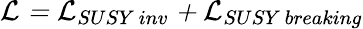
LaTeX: \cal L\mit=\cal L\mit_{SUSY~inv}+\cal L\mit_{SUSY~breaking}